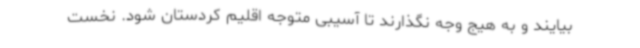
بیایند و به هیج وجه نگذارند تا آسیبی متوجه اقلیم کردستان شود. نخست